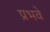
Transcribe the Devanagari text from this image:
प्रभवे